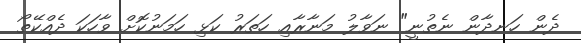
ދެން ހަނދާން ނެތުނީ" ނަވާލު މަނާރާއި ހަތަރު ކަޅި ހަމަނުކޮށް ވާހަކަ ދެއްކޭތޯ